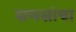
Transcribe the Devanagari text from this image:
सणसांचा